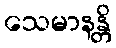
သေမာနန္တိ